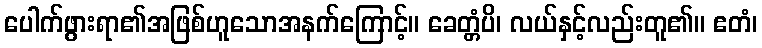
ပေါက်ဖွားရာ၏အဖြစ်ဟူသောအနက်ကြောင့်။ ခေတ္တံပိ၊ လယ်နှင့်လည်းတူ၏။ ဧတံ၊